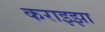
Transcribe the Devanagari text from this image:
कराइझा